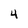
Character: 4